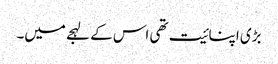
بڑی اپنائیت تھی اس کے لہجے میں۔